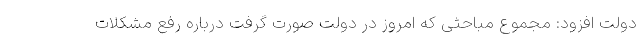
دولت افزود: مجموع مباحثی که امروز در دولت صورت گرفت درباره رفع مشکلات